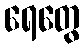
ရေတွေ